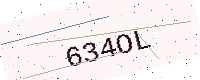
Text: 634OL